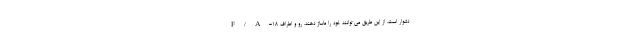
F/A-18 دشوار است، از این طریق می توانند خود را ماساژ دهند. رو و اطراف